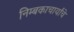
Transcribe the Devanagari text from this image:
निम्बकाचार्यांचे